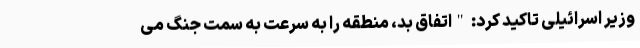
وزیر اسرائیلی تاکید کرد: "اتفاق بد، منطقه را به سرعت به سمت جنگ می